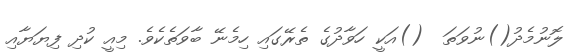
ލޮނުމެދު()ނުވަތަ  ()އަކީ ހަވާދުގެ ތެރޭގައި ހިމެނޭ ބާވަތެކެވެ. މިއީ ކުދި ފިޔަޔާއި